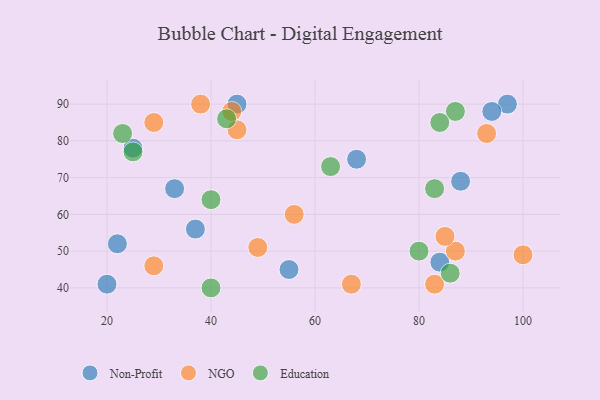
{"axis": {"x": "GDP", "y": "Life Expectancy"}, "legend": ["Education", "NGO", "Non-Profit"], "data": [{"x": "88", "y": 69, "type": "Non-Profit"}, {"x": "84", "y": 47, "type": "Non-Profit"}, {"x": "97", "y": 90, "type": "Non-Profit"}, {"x": "25", "y": 78, "type": "Non-Profit"}, {"x": "20", "y": 41, "type": "Non-Profit"}, {"x": "37", "y": 56, "type": "Non-Profit"}, {"x": "45", "y": 90, "type": "Non-Profit"}, {"x": "55", "y": 45, "type": "Non-Profit"}, {"x": "22", "y": 52, "type": "Non-Profit"}, {"x": "94", "y": 88, "type": "Non-Profit"}, {"x": "33", "y": 67, "type": "Non-Profit"}, {"x": "68", "y": 75, "type": "Non-Profit"}, {"x": "87", "y": 50, "type": "NGO"}, {"x": "85", "y": 54, "type": "NGO"}, {"x": "45", "y": 83, "type": "NGO"}, {"x": "29", "y": 85, "type": "NGO"}, {"x": "56", "y": 60, "type": "NGO"}, {"x": "67", "y": 41, "type": "NGO"}, {"x": "44", "y": 88, "type": "NGO"}, {"x": "49", "y": 51, "type": "NGO"}, {"x": "83", "y": 41, "type": "NGO"}, {"x": "38", "y": 90, "type": "NGO"}, {"x": "93", "y": 82, "type": "NGO"}, {"x": "100", "y": 49, "type": "NGO"}, {"x": "29", "y": 46, "type": "NGO"}, {"x": "63", "y": 73, "type": "Education"}, {"x": "83", "y": 67, "type": "Education"}, {"x": "87", "y": 88, "type": "Education"}, {"x": "40", "y": 64, "type": "Education"}, {"x": "40", "y": 40, "type": "Education"}, {"x": "86", "y": 44, "type": "Education"}, {"x": "80", "y": 50, "type": "Education"}, {"x": "43", "y": 86, "type": "Education"}, {"x": "25", "y": 77, "type": "Education"}, {"x": "23", "y": 82, "type": "Education"}, {"x": "84", "y": 85, "type": "Education"}]}